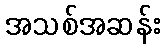
အသစ်အဆန်း